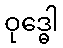
ဝုဒ္ဓေါ